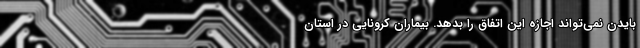
بایدن نمی‌تواند اجازه این اتفاق را بدهد. بیماران کرونایی در استان